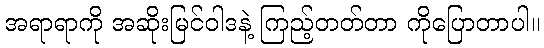
အရာရာကို အဆိုးမြင်ဝါဒနဲ့ ကြည့်တတ်တာ ကိုပြောတာပါ။